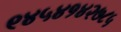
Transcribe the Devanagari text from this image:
९४५४१४२७८५